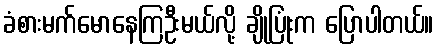
ခံစားမက်မောနေကြဦးမယ်လို့ ချိုပြုံးက ပြောပါတယ်။